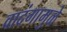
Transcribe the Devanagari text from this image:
वादंगामुळे